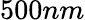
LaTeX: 500nm